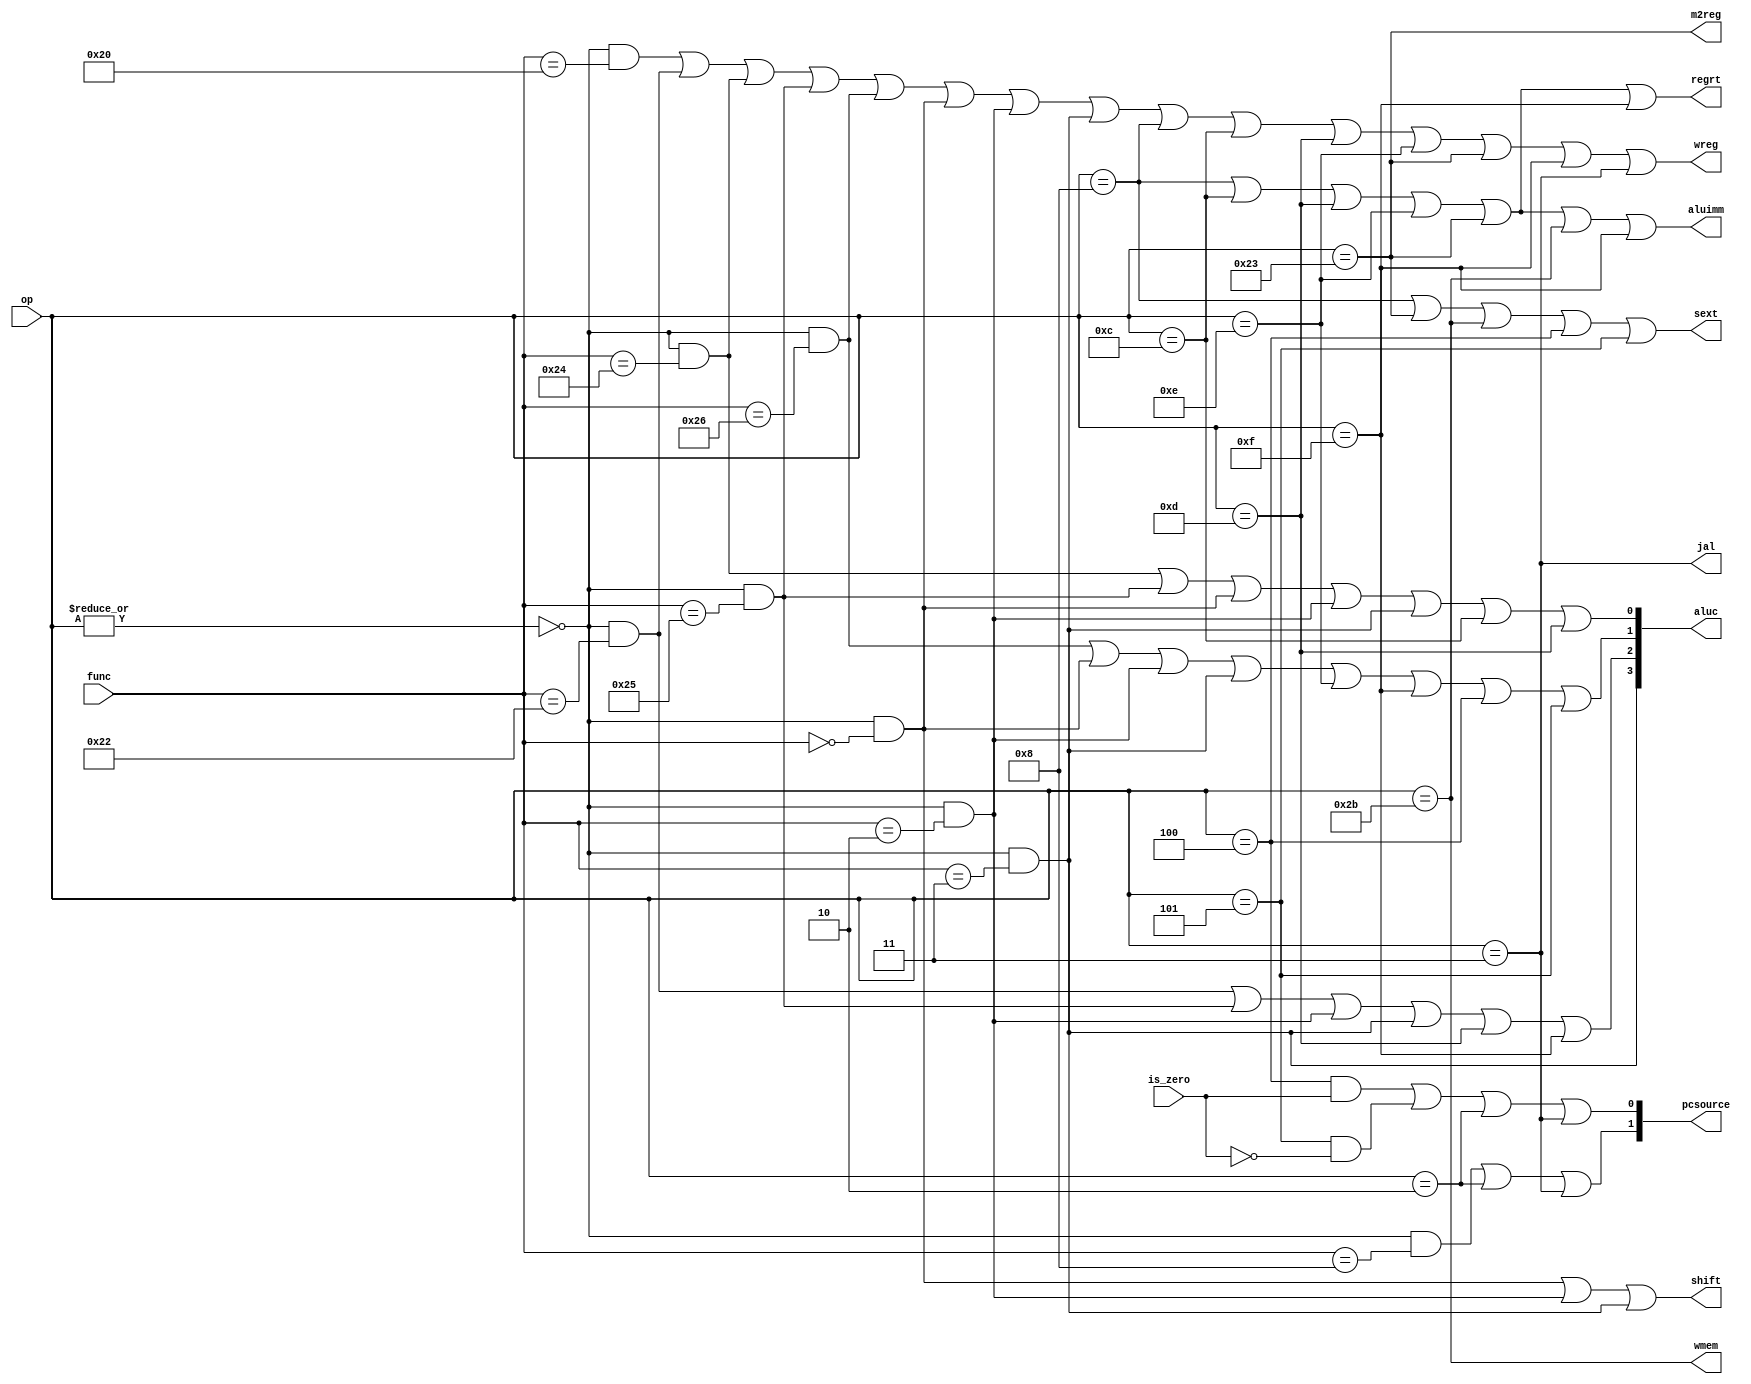
`default_nettype none

module sc_cu (
    input [5: 0] op, 
    input [5: 0] func, 
    input is_zero, 

    output wire wmem,
    output wire wreg, 
    output wire regrt, 
    output wire m2reg, 
    output wire [3: 0] aluc, 
    output wire shift, 
    output wire aluimm, 
    output wire sext, 
    output wire jal, 
    output wire [1: 0] pcsource
);
    //  10 

    wire r_type; 
    //  R 
    
    assign r_type = ~|op;			
    //  0  R 
    
    wire i_add, i_sub, i_and, i_or, i_xor, i_sll, i_srl, i_sra, i_jr, i_addi;
    wire i_andi, i_ori, i_xori, i_lw, i_sw, i_beq, i_bne, i_lui, i_j , i_jal;
    //  20 
    
    assign i_add = r_type && (func == 6'b100000);           // 100000
    assign i_sub = r_type && (func == 6'b100010);           // 100010
    assign i_and = r_type && (func == 6'b100100);           // 100100
    assign i_or  = r_type && (func == 6'b100101);           // 100101
    assign i_xor = r_type && (func == 6'b100110);           // 100110
    assign i_sll = r_type && (func == 6'b000000);           // 000000
    assign i_srl = r_type && (func == 6'b000010);           // 000010
    assign i_sra = r_type && (func == 6'b000011);           // 000011
    assign i_jr  = r_type && (func == 6'b001000);           // 001000
                
    assign i_addi = (op == 6'b001000);      // 001000
    assign i_andi = (op == 6'b001100);      // 001100
    assign i_ori  = (op == 6'b001101);      // 001101
    assign i_xori = (op == 6'b001110);      // 001110
    assign i_lw   = (op == 6'b100011);      // 100011
    assign i_sw   = (op == 6'b101011);      // 101011
    assign i_beq  = (op == 6'b000100);      // 000100
    assign i_bne  = (op == 6'b000101);      // 000101
    assign i_lui  = (op == 6'b001111);      // 001111
    assign i_j    = (op == 6'b000010);      // 000010
    assign i_jal  = (op == 6'b000011);      // 000011
    // 
  
    assign pcsource[0] = ( i_beq & is_zero ) | (i_bne & ~is_zero) | i_j | i_jal ;
    assign pcsource[1] = i_jr | i_j | i_jal;
    //  0PC + 4
    //  1
    //  2
    //  3
   
    assign wreg =   i_add | i_sub | i_and | i_or   | i_xor  |
                    i_sll | i_srl | i_sra | i_addi | i_andi |
                    i_ori | i_xori | i_lw | i_lui  | i_jal;
    //  1
   
    assign aluc[3] = i_sra;
    assign aluc[2] = i_sub | i_or | i_srl | i_sra | i_ori | i_lui;
    assign aluc[1] = i_xor | i_sll | i_srl | i_sra | i_xori | i_lui | i_beq | i_bne;
    assign aluc[0] = i_and | i_or | i_sll | i_srl | i_sra | i_andi | i_ori;
    // ALU 

    assign shift   = i_sll | i_srl | i_sra;
    //  1shift amount
    //  0

    assign aluimm  = i_addi | i_andi | i_ori | i_xori | i_lw | i_sw | i_lui;
    //  1
    //  0

    assign sext    = i_addi | i_lw | i_sw | i_beq | i_bne;
    //  1
    //  0

    assign wmem    = i_sw;
    //  1
    //  0
   
    assign m2reg   = i_lw;
    //  1
    //  0 ALU 
   
    assign regrt   = i_addi | i_andi | i_ori | i_xori | i_lw | i_lui;
    //  1 rt 
    //  0 rd 
   
    assign jal     = i_jal;
    //  1 PC + 4 
    //  0 ALU 

endmodule